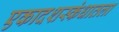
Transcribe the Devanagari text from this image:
एकादशस्‍कंधातला